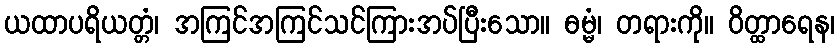
ယထာပရိယတ္တံ၊ အကြင်အကြင်သင်ကြားအပ်ပြီးသော။ ဓမ္မံ၊ တရားကို။ ဝိတ္ထာရေန၊